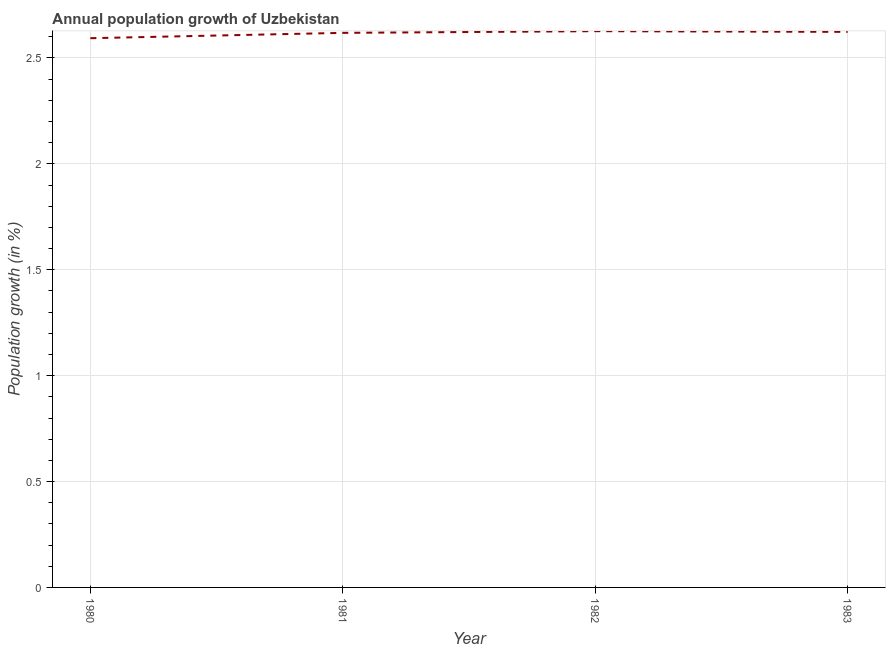
| Year | Population growth |
 | --- | --- |
 | 1980 | 2.59 |
 | 1981 | 2.62 |
 | 1982 | 2.63 |
 | 1983 | 2.62 |